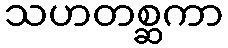
သဟတစ္ဆကာ